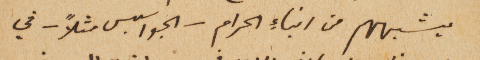
يشبههم من ابناءِ الحرام – الجواسيس مثلاً – في